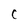
Character: C